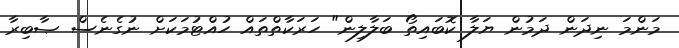
މަންމަ ނިދަން ދަމުން ޔަލާ ކޮބައިތޯ ބަލާލިން" ހަރަކާތްތައް ހުއްޓުމަކަށް ނުގެނެސް ޞާބިރާ